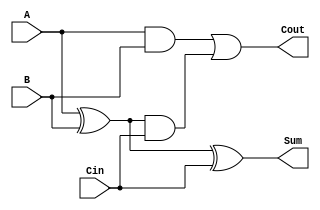
module CarryLookaheadFullAdder (
    input wire A,    // First input bit
    input wire B,    // Second input bit
    input wire Cin,  // Carry input
    output wire Sum, // Sum output
    output wire Cout // Carry output
);

    // Intermediate signals for Generate and Propagate
    wire G; // Generate
    wire P; // Propagate
    wire C1; // Intermediate carry

    // Generate and Propagate calculations
    assign G = A & B;           // G = A AND B
    assign P = A ^ B;           // P = A XOR B

    // Calculate carry out (Cout), which is the same as C1 in this case
    assign C1 = G | (P & Cin);  // C1 = G OR (P AND Cin)
    assign Cout = C1;           // Cout = C1

    // Calculate the Sum
    assign Sum = P ^ Cin;       // Sum = P XOR Cin

endmodule